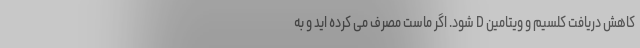
کاهش دریافت کلسیم و ویتامین D شود. اگر ماست مصرف می کرده اید و به